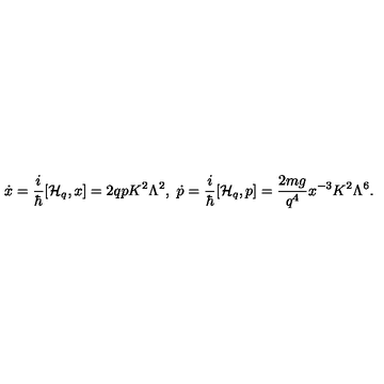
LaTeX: \dot { x } = { \frac { i } { \hbar } } [ { \cal H } _ { q } , x ] = 2 q p K ^ { 2 } \Lambda ^ { 2 } , \ \dot { p } = { \frac { i } { \hbar } } [ { \cal H } _ { q } , p ] = { \frac { 2 m g } { q ^ { 4 } } } x ^ { - 3 } K ^ { 2 } \Lambda ^ { 6 } .